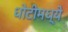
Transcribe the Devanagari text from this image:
धोटीमध्ये